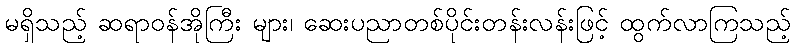
မရှိသည့် ဆရာဝန်အိုကြီး များ၊ ဆေးပညာတစ်ပိုင်းတန်းလန်းဖြင့် ထွက်လာကြသည့်